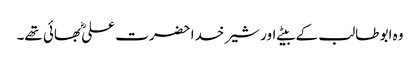
وہ ابو طالب کے بیٹے اور شیر خدا حضرت علیؓ بھائی تھے۔